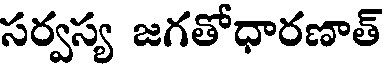
సర్వస్య జగతోధారణాత్